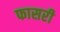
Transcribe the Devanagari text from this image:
फासरी